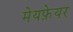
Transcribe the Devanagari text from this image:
मेयफ़ेयर